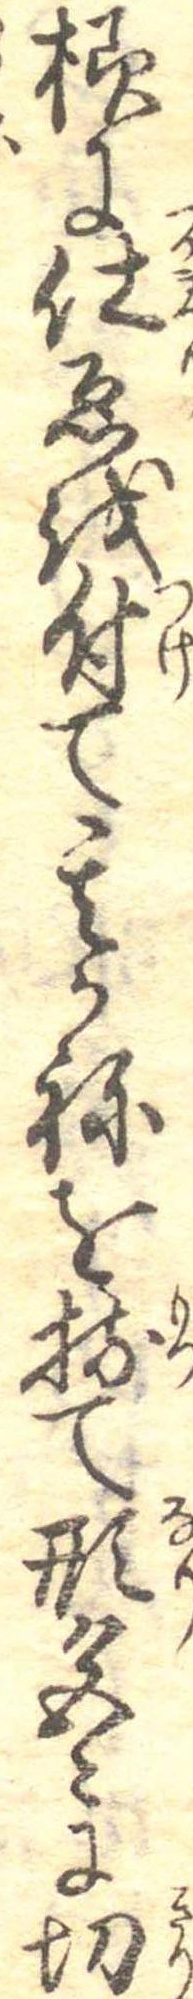
様に仕ゑを付て其かねを持て形色〻に切